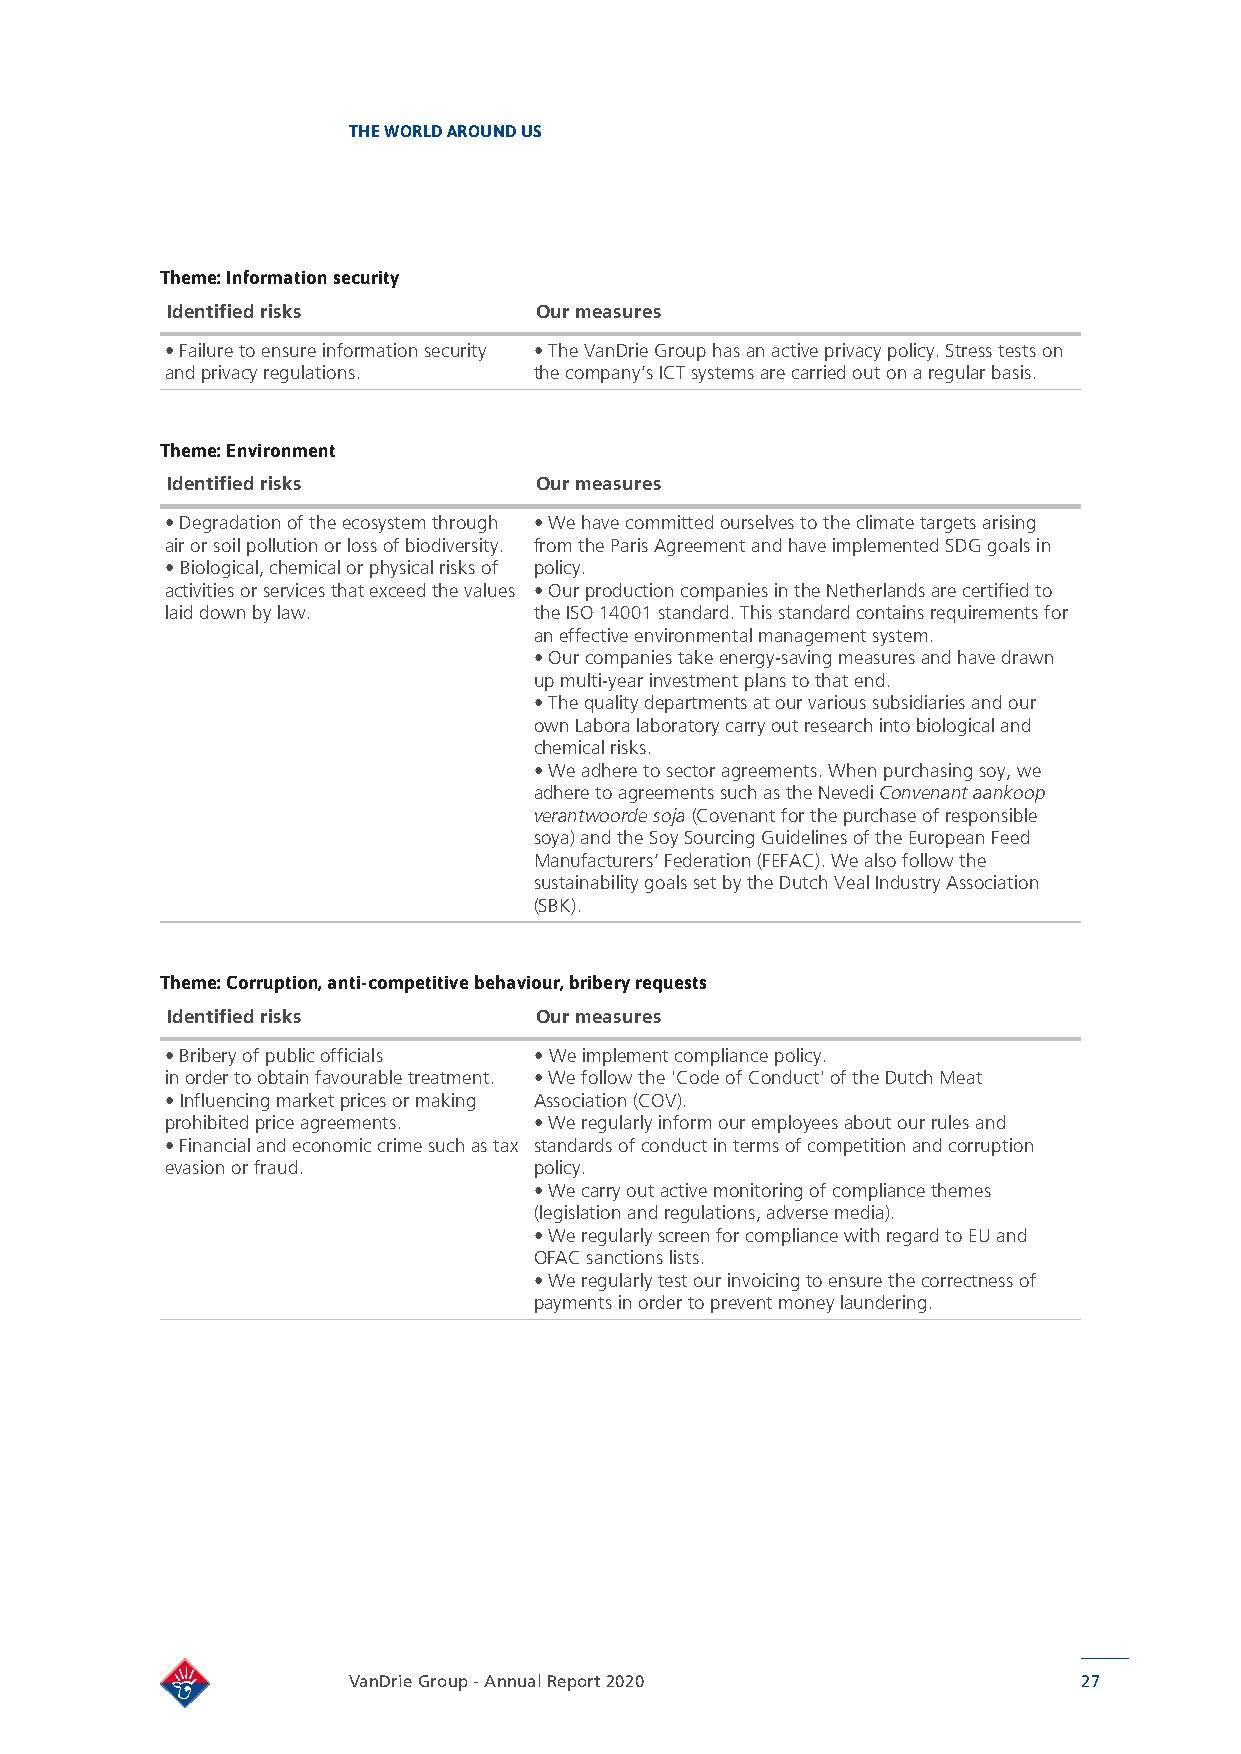
THE WORLD AROUND US
 Theme: Information security
 Identified risks        Our measures
 • Failure to ensure information security • The VanDrie Group has an active privacy policy. Stress tests on
 and privacy regulations. the company’s ICT systems are carried out on a regular basis.
 Theme: Environment
 Identified risks        Our measures
 • Degradation of the ecosystem through • We have committed ourselves to the climate targets arising
 air or soil pollution or loss of biodiversity. from the Paris Agreement and have implemented SDG goals in
 • Biological, chemical or physical risks of policy.
 activities or services that exceed the values • Our production companies in the Netherlands are certified to
 laid down by law.       the ISO 14001 standard. This standard contains requirements for
 an effective environmental management system.
 • Our companies take energy-saving measures and have drawn
 up multi-year investment plans to that end.
 • The quality departments at our various subsidiaries and our
 own Labora laboratory carry out research into biological and
 chemical risks.
 • We adhere to sector agreements. When purchasing soy, we
 adhere to agreements such as the Nevedi Convenant aankoop
 verantwoorde soja (Covenant for the purchase of responsible
 soya) and the Soy Sourcing Guidelines of the European Feed
 Manufacturers’ Federation (FEFAC). We also follow the
 sustainability goals set by the Dutch Veal Industry Association
 (SBK).
 Theme: Corruption, anti-competitive behaviour, bribery requests
 Identified risks        Our measures
 • Bribery of public officials • We implement compliance policy.
 in order to obtain favourable treatment. • We follow the 'Code of Conduct' of the Dutch Meat
 • Influencing market prices or making Association (COV).
 prohibited price agreements. • We regularly inform our employees about our rules and
 • Financial and economic crime such as tax standards of conduct in terms of competition and corruption
 evasion or fraud.       policy.
 • We carry out active monitoring of compliance themes
 (legislation and regulations, adverse media).
 • We regularly screen for compliance with regard to EU and
 OFAC sanctions lists.
 • We regularly test our invoicing to ensure the correctness of
 payments in order to prevent money laundering.
 VanDrie Group - Annual Report 2020               27